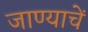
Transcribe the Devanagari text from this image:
जाण्याचें